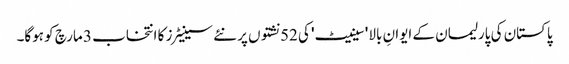
پاکستان کی پارلیمان کے ایوانِ بالا 'سینیٹ' کی 52 نشتوں پر نئے سینیٹرز کا انتخاب 3 مارچ کو ہوگا۔